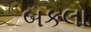
બકલો